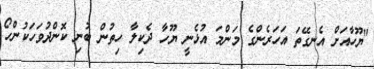
"ޔޫހާއަށް އެނގޭތަ އަހަރެންގެ މަންމަ އުޅެނީ ޔޫހާ ދެކިލާ ހިތުން ބުނި ކޮންދުވަހަކުންހޯ